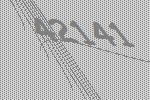
42141